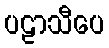
ပဠာသီပေ